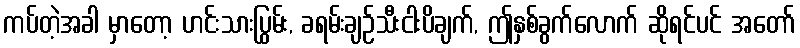
ကပ်တဲ့အခါ မှာတော့ ဟင်းသားပြွမ်း, ခရမ်းချဉ်သီးငါးပိချက်, ဤနှစ်ခွက်လောက် ဆိုရင်ပင် အတော်